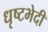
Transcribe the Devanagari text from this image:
धृष्टभेदी